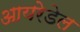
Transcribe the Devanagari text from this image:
आयरेडेल